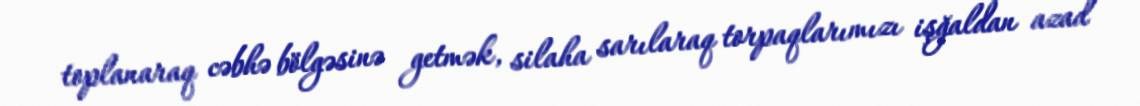
toplanaraq cəbhə bölgəsinə getmək, silaha sarılaraq torpaqlarımızı işğaldan azad